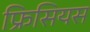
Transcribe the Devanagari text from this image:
फ्रिसियस